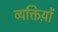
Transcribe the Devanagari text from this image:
व्यक्तिय़ों